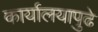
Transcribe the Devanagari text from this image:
कार्यालयापुढे